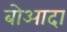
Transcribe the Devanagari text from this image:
बोआदा